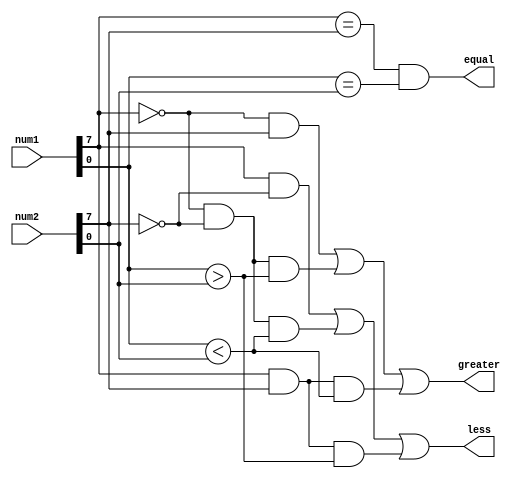
module signed_magnitude_comparator (
    input signed [7:0] num1,
    input signed [7:0] num2,
    output greater,
    output less,
    output equal
);

wire sign1 = num1[7];
wire sign2 = num2[7];
wire magnitude1 = num1[6:0];
wire magnitude2 = num2[6:0];

assign greater = ((sign1 == 0) && (sign2 == 1)) || ((sign1 == 0) && (sign2 == 0) && (magnitude1 > magnitude2)) || ((sign1 == 1) && (sign2 == 1) && (magnitude1 < magnitude2));
assign less = ((sign1 == 1) && (sign2 == 0)) || ((sign1 == 0) && (sign2 == 0) && (magnitude1 < magnitude2)) || ((sign1 == 1) && (sign2 == 1) && (magnitude1 > magnitude2));
assign equal = (sign1 == sign2) && (magnitude1 == magnitude2);

endmodule